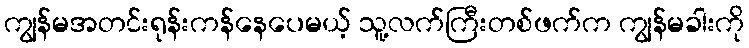
ကျွန်မအတင်းရုန်းကန်နေပေမယ့် သူ့လက်ကြီးတစ်ဖက်က ကျွန်မခါးကို